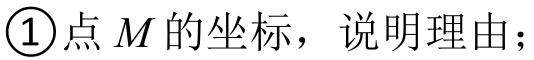
\textcircled{1}点\(M\)的坐标，说明理由；